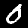
Label: 0